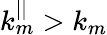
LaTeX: k_{m}^{||}>k_{m}